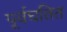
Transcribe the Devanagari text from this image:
पूर्वघतित